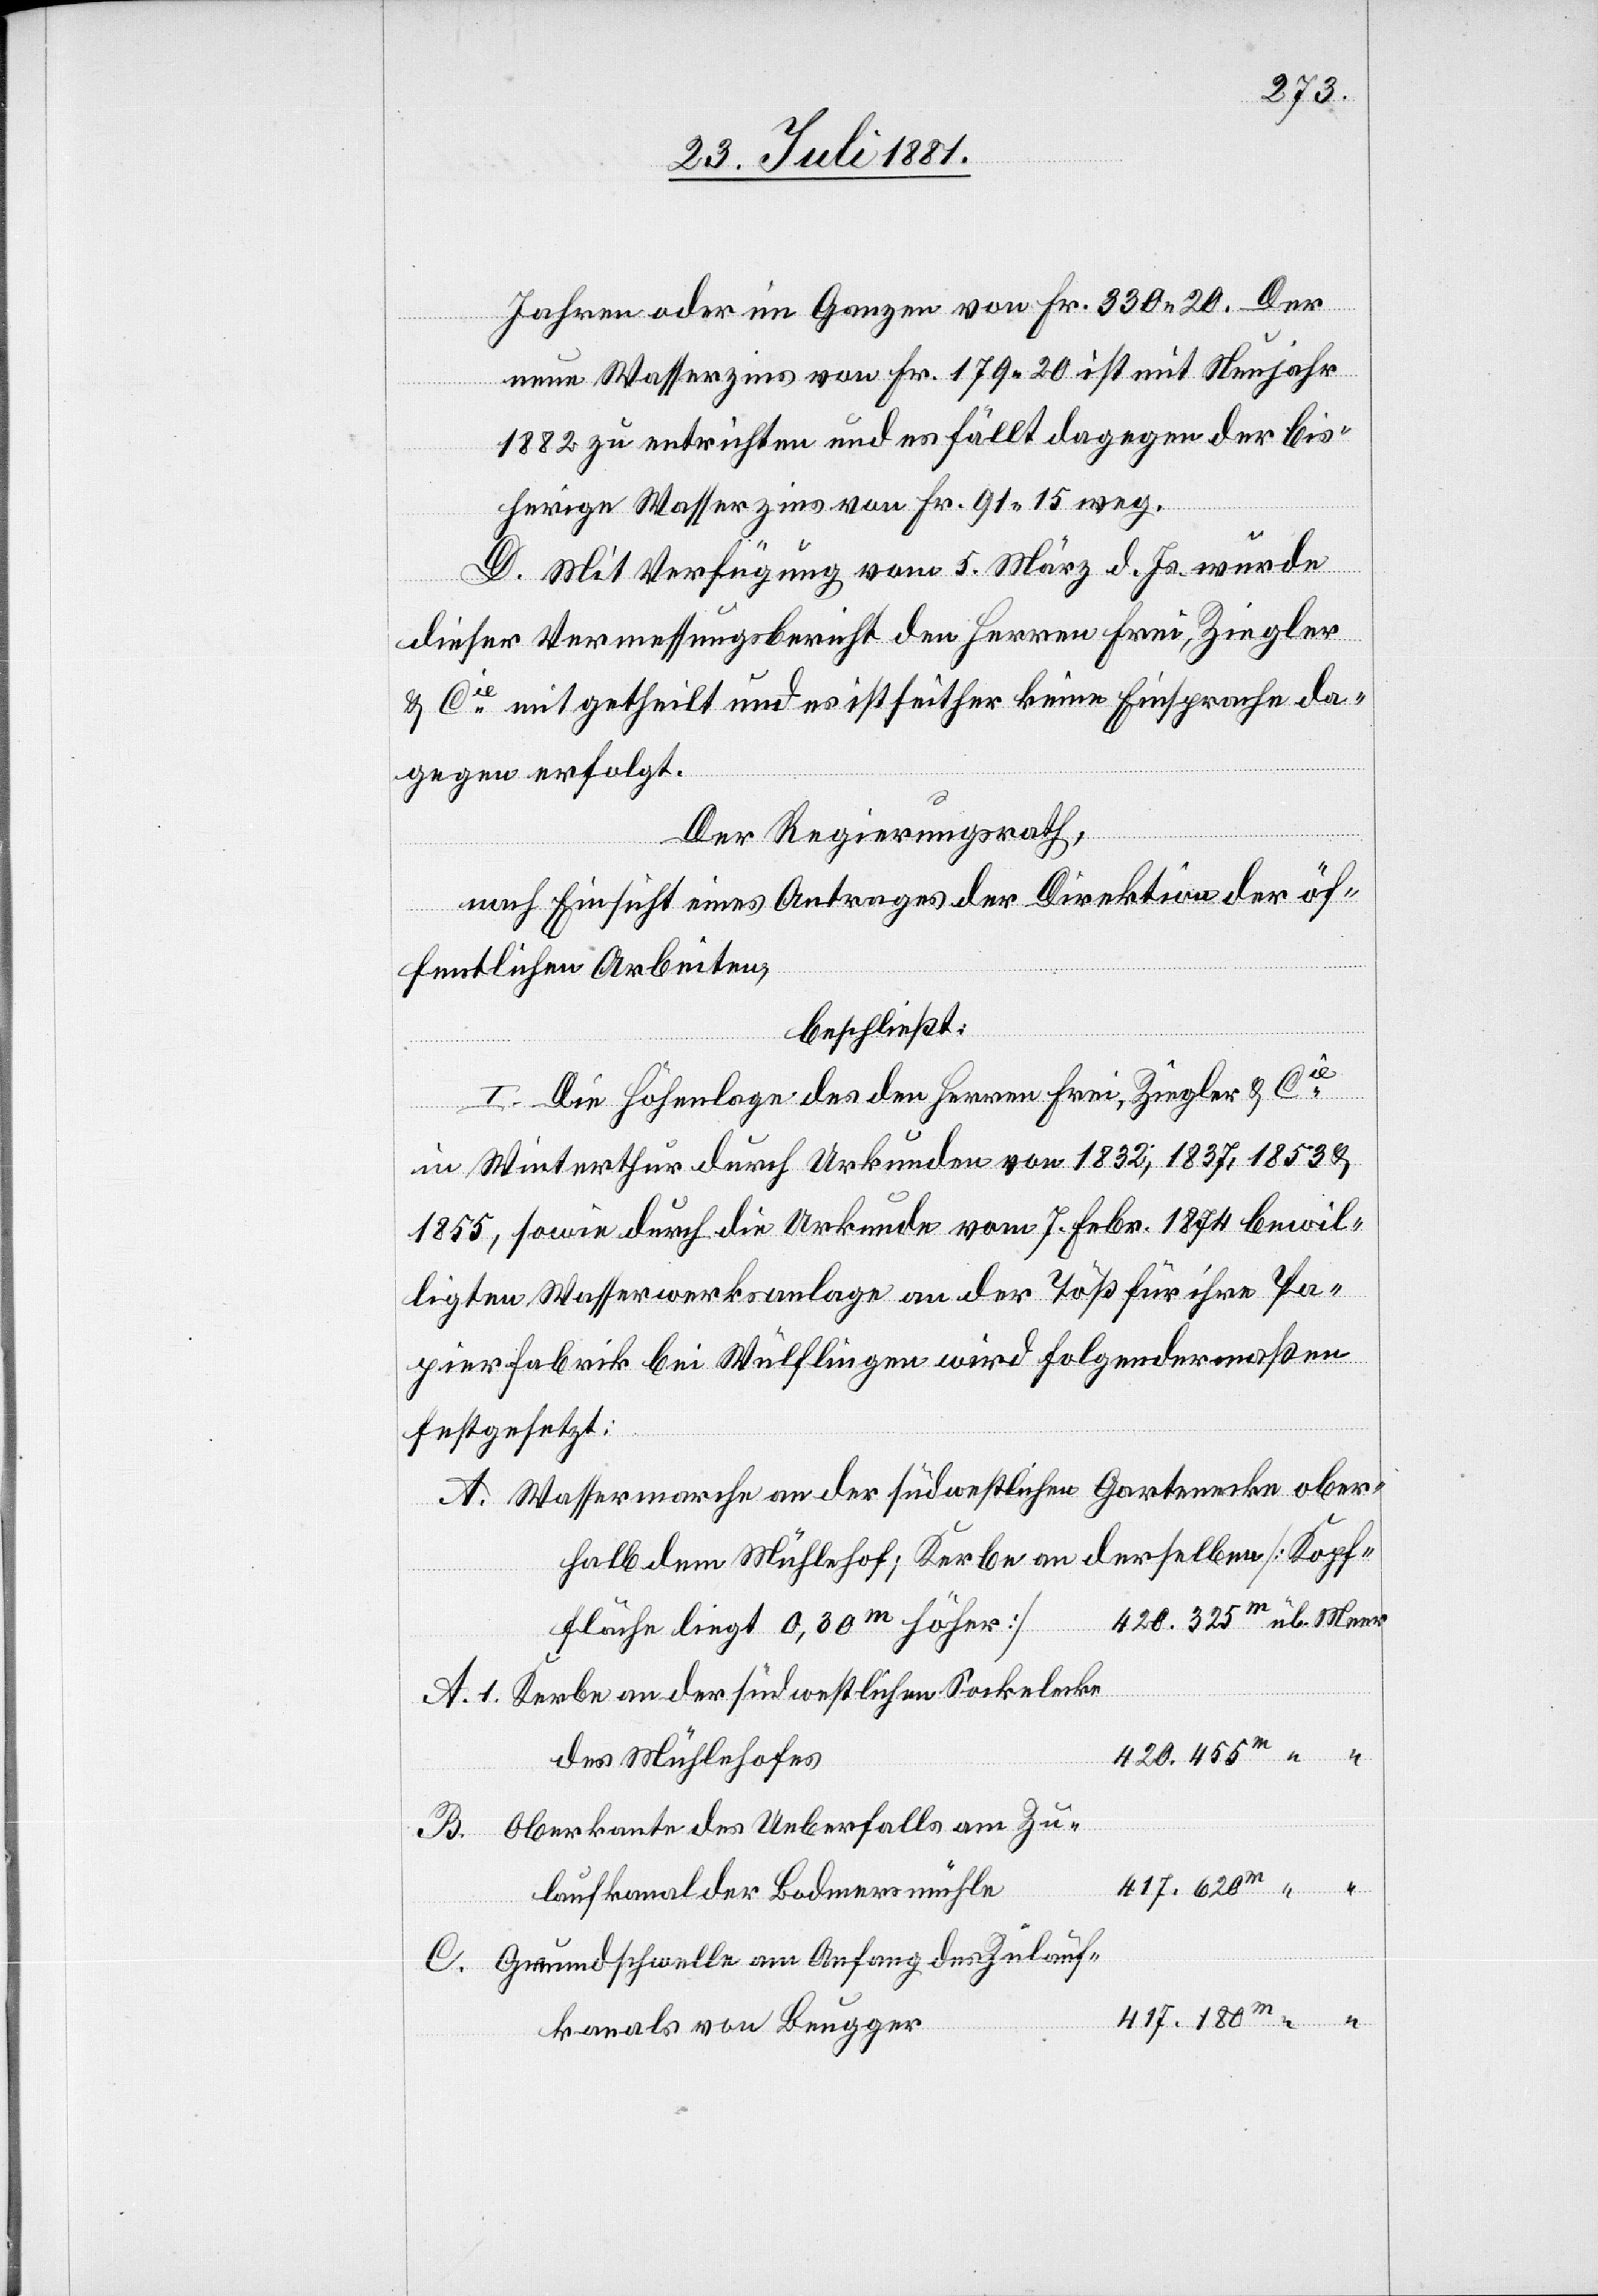
Jahren oder im Ganzen von Fr. 330 20. Der
neue Wasserzins von Fr. 179 20 ist mit Neujahr
1882 zu entrichten und es fällt dagegen der bis¬
herige Wasserzins von Fr. 91 15 weg.
D. Mit Verfügung vom 5. März d. Js. wurde
dieser Vermessungsbericht den Herren Frei, Ziegler
& Cie mitgetheilt und es ist seither keine Einsprache da¬
gegen erfolgt.
Der Regierungsrath,
nach Einsicht eines Antrages der Direktion der öf¬
fentlichen Arbeiten,
beschließt:
bewi¬
I. Die Höhenlage des [sic!] den Herren Frei, Ziegler & Cie
in Winterthur durch Urkunden vom 7. Febr. 1874
lligten Wasserwerksanlage an der Töß für ihre Pa¬
pierfabrik bei Wülflingen wird folgendermaßen
festgesetzt:
Wassermarche an der südöstlichen Gartenecke ober¬
halb dem Mühlhof, Kerbe an derselben [Kopf¬
fläche liegt 0,30m höher]
Kerbe an der südwestlichen Sockelecke
des Mühlhofes
Oberkante des Ueberfalls am Zu¬
laufkanal der Bodmermühle
Grundschwelle am Anfang des Zulauf¬
kanals von Beugger